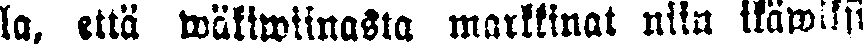
la, että wäkiwiinasta markkinat niin ikäwiksi